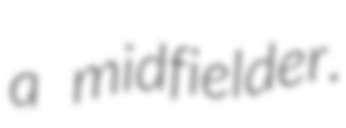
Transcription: a midfielder.